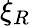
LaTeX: \xi_{R}